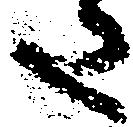
た